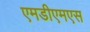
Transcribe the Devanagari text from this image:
एमडीएमएस